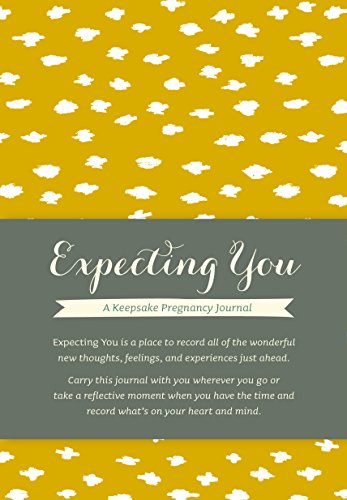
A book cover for Expecting You: A Keepsake Pregnancy Journal; Amelia Riedler; Parenting & Relationships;